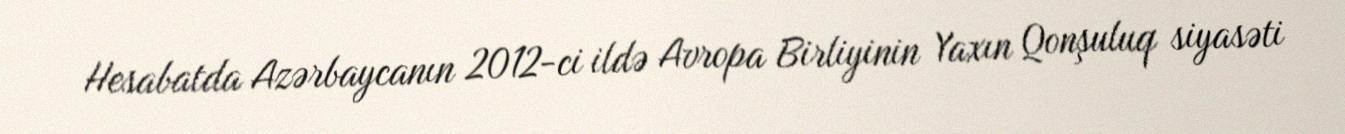
Hesabatda Azərbaycanın 2012-ci ildə Avropa Birliyinin Yaxın Qonşuluq siyasəti